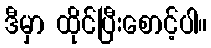
ဒီမှာ ထိုင်ပြီးစောင့်ပါ။